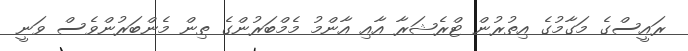
ރައީސްގެ މަގާމުގެ އިތުރުން ޓްރެޝަރާ އާއި އާންމު މެމްބަރުންގެ ތިން މެންބަރުންވެސް ވަނީ